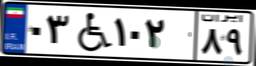
۰۳W۱۰۲۸۹